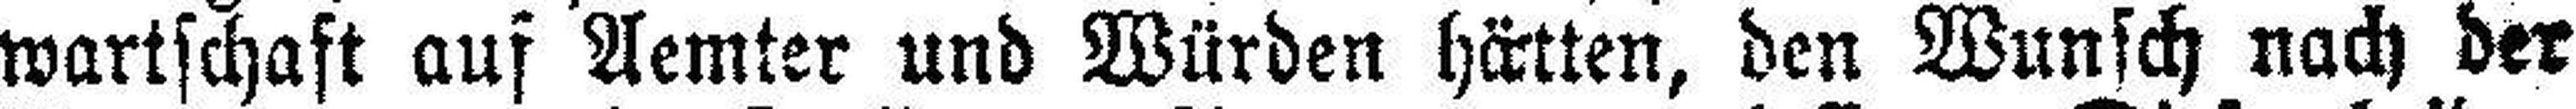
wartschaft auf Aemter und Würden hätten, den Wunsch nach der